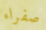
صفراء